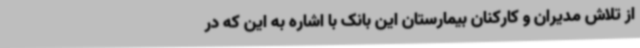
از تلاش مدیران و کارکنان بیمارستان این بانک با اشاره به این که در